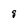
Character: 8